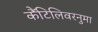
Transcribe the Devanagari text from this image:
कैंटिलिवरनुमा